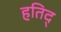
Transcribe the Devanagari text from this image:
हतिद्